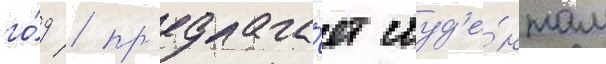
го́д / пр'едлага́ет студ'е́нтам